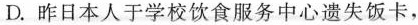
D.昨日本人于学校饮食服务中心遗失饭卡，